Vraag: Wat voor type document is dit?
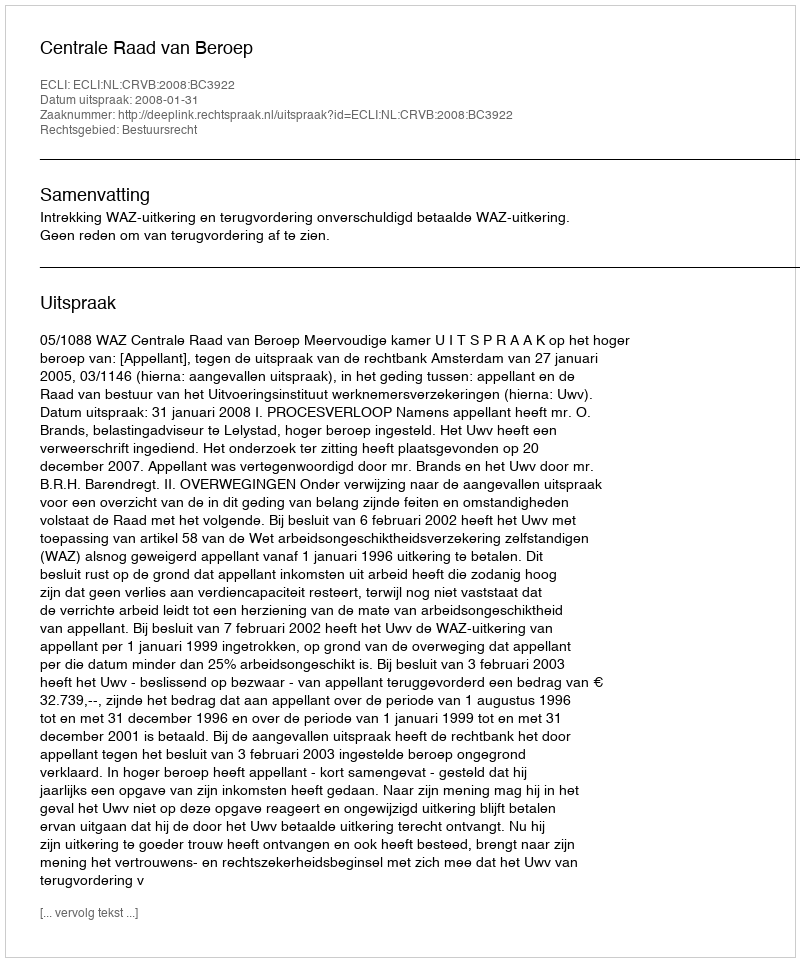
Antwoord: Uitspraak